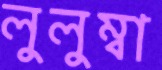
লুলুম্বা